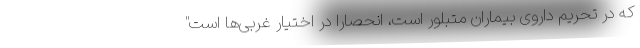
که در تحریم داروی بیماران متبلور است، انحصاراً در اختیار غربی‌ها است"